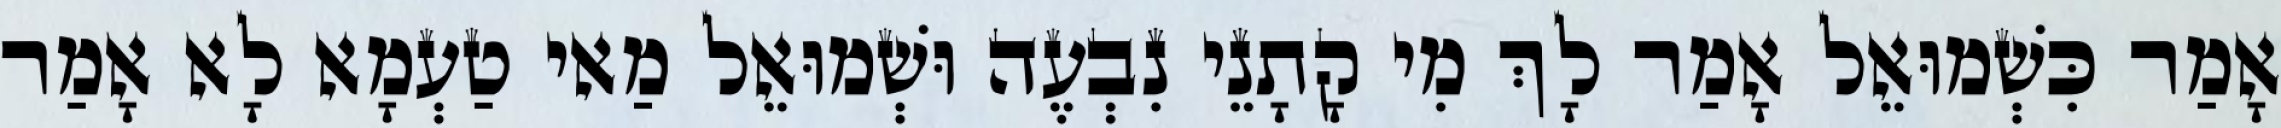
אָמַר כִּשְׁמוּאֵל אָמַר לָךְ מִי קָתָנֵי נִבְעֶה וּשְׁמוּאֵל מַאי טַעְמָא לָא אָמַר